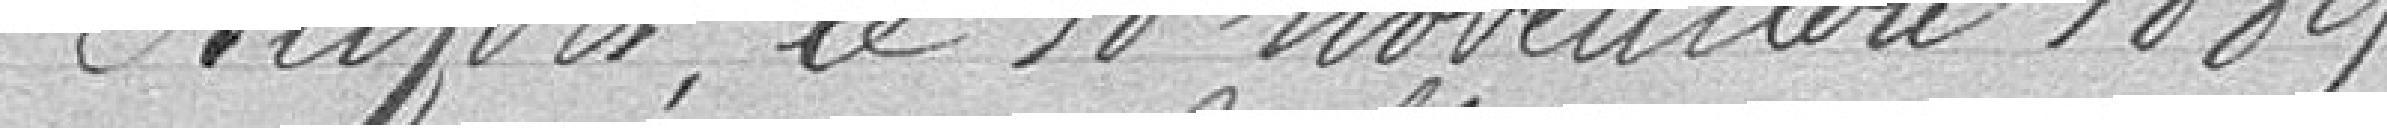
Belfort, le 18 novembre 1889